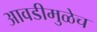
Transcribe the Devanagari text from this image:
आवडीमुळेच